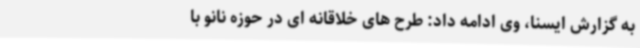
به گزارش ایسنا، وی ادامه داد: طرح های خلاقانه ای در حوزه نانو با